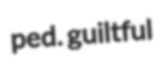
ped. guiltful